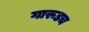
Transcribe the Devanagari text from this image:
गारूडच